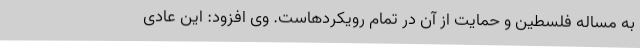
به مساله فلسطین و حمایت از آن در تمام رویکردهاست. وی افزود: این عادی